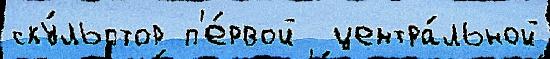
ску́льптор п'е́рвой  центра́льной